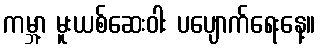
ကမ္ဘာ့ မူးယစ်ဆေးဝါး ပပျောက်ရေးနေ့။